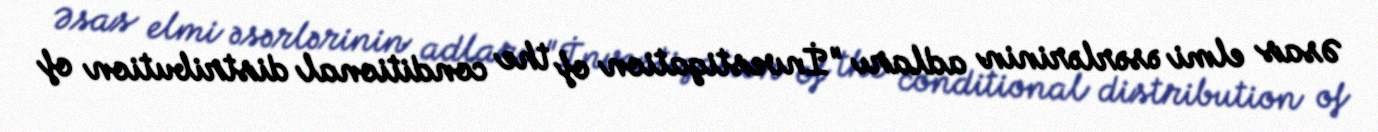
Əsas elmi əsərlərinin adları "İnvestigation of the conditional distribution of